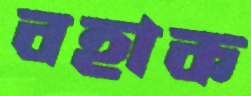
বহাক